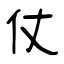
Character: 仗